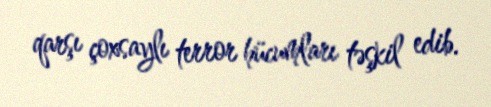
qarşı çoxsaylı terror hücumları təşkil edib.